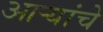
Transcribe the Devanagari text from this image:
आर्‍यांचे